system: You are a helpful assistant.
user:
Analyze the provided spectrum to determine if it is a **"Cataclysmic Variables (CV)"**.

- **Key Indicators for CV (Check for either state):**
    - **State 1: Quiescent / Low-State (Emission-Dominated)**
        - **(Primary):** Strong and *very broad* Hydrogen Balmer emission lines (e.g., $H\alpha$ at 6563 Å, $H\beta$ at 4861 Å). The 'broadness' (high velocity dispersion, often FWHM > 1000 km/s) is the key diagnostic, indicating a high-velocity accretion disk.
        - **(Secondary):** Broad neutral Helium (He I) emission lines (e.g., 5876 Å, 6678 Å).
        - **(Key Confirmation):** Presence of high-excitation *ionized* Helium (He II) emission at 4686 Å. This is a strong indicator of accretion onto a white dwarf.
        - **(Line Profile):** Emission lines may exhibit a 'double-peaked' profile, which is a classic signature of a rotating accretion disk viewed at high inclination.

    - **State 2: Outburst / High-State (Absorption-Dominated)**
        - **(Primary):** Spectrum is dominated by a bright, blue continuum (looks like a hot star).
        - **(Secondary):** The emission lines from State 1 are weak, absent, or 'filled in', and are replaced by broad, shallow *absorption* lines (primarily Balmer and He I).
        - **(Morphology):** The overall spectrum mimics a hot B/A-type star. The crucial difference is that the absorption lines are significantly broader, shallower, and more 'washed-out' (or 'smeared') than the sharp lines of a normal stellar photosphere, due to high rotational speeds and pressure broadening in the disk.

Think first, call **spectral_visualization_tool** if needed to examine features in detail, then provide your final answer. Your response must adhere to the following strict rules:
1.  **Overall Structure:** Your response must follow the format `<think>...</think> <tool_call>...</tool_call> (if a tool is used) <answer>...</answer>`.
2.  **Tool Usage Constraint:** You may only make **one** tool call per turn.
3.  **Final Answer Format:** In the `<answer>` tag, your conclusion must be inside a `\boxed{}` command (e.g., `\boxed{YES}`), followed by your justification.

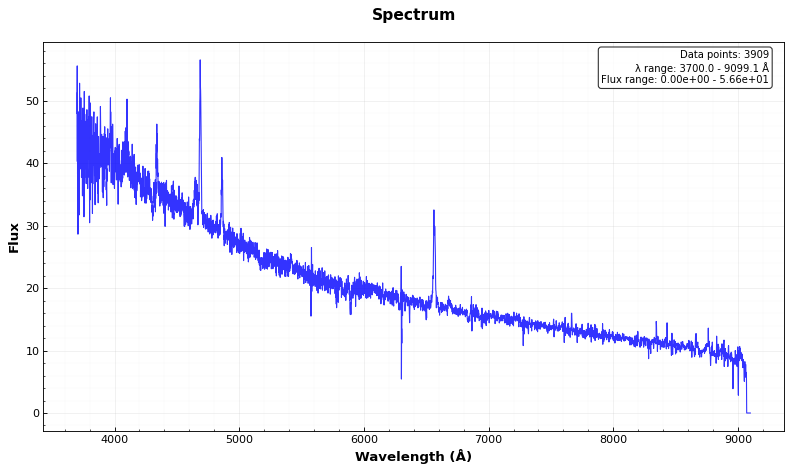
Answer: YES